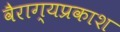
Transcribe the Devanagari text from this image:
वैराग्यप्रकाश